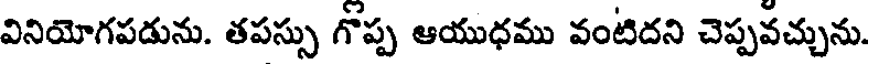
వినియోగపడును. తపస్సు గొప్ప ఆయుధము వంటిదని చెప్పవచ్చును.